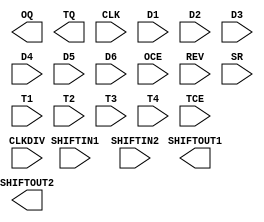
// $Header: /devl/xcs/repo/env/Databases/CAEInterfaces/verplex_libs/data/simprims/Attic/X_OSERDES.v,v 1.1.2.1 2004/09/28 20:47:46 wloo Exp $

`timescale  1 ps / 1 ps

module X_OSERDES (OQ, SHIFTOUT1, SHIFTOUT2, TQ,
		  CLK, CLKDIV, D1, D2, D3, D4, D5, D6, OCE, REV, SHIFTIN1, SHIFTIN2, SR, T1, T2, T3, T4, TCE);

    parameter DATA_RATE_OQ = "DDR";
    parameter DATA_RATE_TQ = "DDR";
    parameter DATA_WIDTH = 4;
    parameter INIT_OQ = 1'b0;
    parameter INIT_TQ = 1'b0;
    parameter SERDES_MODE = "MASTER";
    parameter SRVAL_OQ = 1'b0;
    parameter SRVAL_TQ = 1'b0;
    parameter TRISTATE_WIDTH = 4;
    output OQ;
    output SHIFTOUT1;
    output SHIFTOUT2;
    output TQ;
    input CLK;
    input CLKDIV;
    input D1;
    input D2;
    input D3;
    input D4;
    input D5;
    input D6;
    input OCE;
    input REV;
    input SHIFTIN1;
    input SHIFTIN2;
    input SR;
    input T1;
    input T2;
    input T3;
    input T4;
    input TCE;
// Data output delays
    parameter io_ffd = 1; // clock to out delay for flip flops
    parameter io_mxd = 1; // 60 ps mux delay
    parameter ffdcnt = 1;
    parameter mxdcnt = 1;
    // Tristate output delays
    parameter iot_ffd = 1;
    parameter iot_mxd = 1;
// Representation of 3rd flop ( latch and output latch)
// First rank of flops for input data
// Representation of 3rd flop ( latch and output latch)

endmodule // X_OSERDES